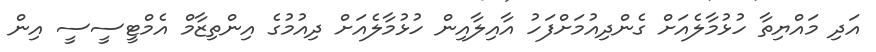
އަދި މައްޔިތާ ހުޅުމާލެއަށް ގެންދިއުމަށްފަހު އާއިލާއިން ހުޅުމާލެއަށް ދިއުމުގެ އިންތިޒާމް އެމްޓީސީސީ އިން